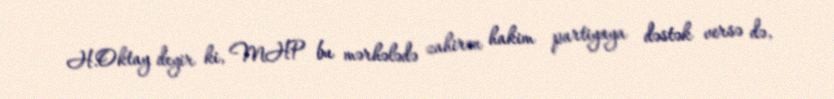
H.Oktay deyir ki, MHP bu mərhələdə zahirən hakim partiyaya dəstək versə də,